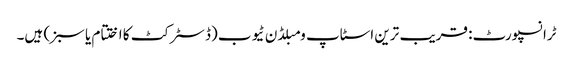
ٹرانسپورٹ: قریب ترین اسٹاپ ومبلڈن ٹیوب (ڈسٹرکٹ کا اختتام یا سبز) ہیں۔